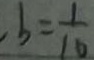
, b = \frac { 1 } { 1 0 }